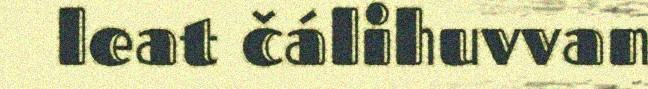
leat čálihuvvan